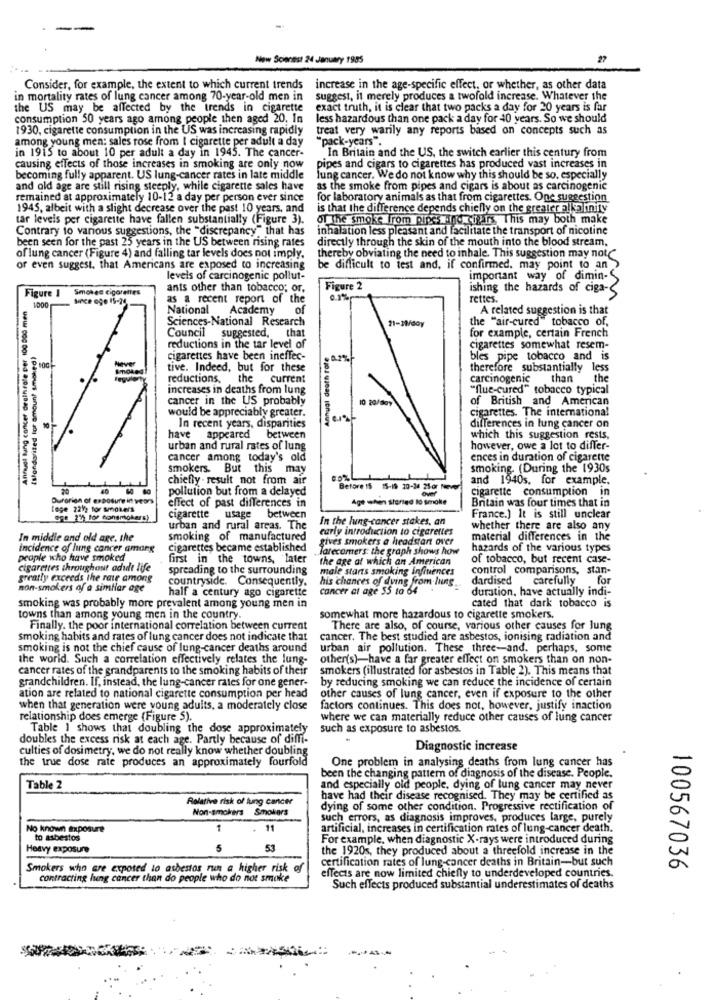
New Scientst 24 January 1985
27
Consider, for example, the extent to which current trends increase in the age-specific effect, or whether, as other data
in mortality rates of lung cancer among 70-year-old men in
suggest, it merely produces a twofold increase. Whatever the
the US may be affected by the trends in cigarette
exact truth, it is clear that two packs a day for 20 years is far
consumption 50 years ago among people then aged 20. In
less hazardous than one pack a day for 40 years. So we should
1930, cigarette consumption in the US was increasing rapidly
treat very warily any reports based on concepts such as
among young men: sales rose from ( cigarette per adult a day
"pack-years".
In Britain and the US, the switch earlier this century from
in 1915 to about 10 per adult a day in 1945. The cancer-
causing effects of those increases in smoking are only now
pipes and cigars to cigarettes has produced vast increases in
becoming fully apparent. US lung-cancer rates in late middle
lung cancer. We do not know why this should be so. especially
and old age are still rising steeply, while cigarette sales have
as the smoke from pipes and cigars is about as carcinogenic
remained at approximately 10-12 a day per person ever since
for laboratory animals as that from cigarettes. One suggestion
1945, albeit with a slight decrease over the past 10 years, and
is that the difference depends chiefly on the greateralko mily
tar levels per cigarette have fallen substantially (Figure 3).
Of The smoke from pipesand cigets This may both make
Contrary to various suggestions, the "discrepancy" that has
inhalation less pleasant and facilitate the transport of nicotine
been seen for the past 25 years in the US between rising rates
directly through the skin of the mouth into the blood stream.
of lung cancer (Figure 4) and falling tar levels does not imply.
thereby obviating the need to inhale. This suggestion may not
or even suggest, that Americans are exposed to increasing
be difficult to test and, if confirmed. may point to an
levels of carcinogenic pollut-
important way of dimin-
Smoked cigarettes
ants other than tobacco; or,
Figure 2
ishing the hazards of ciga-
Figure I
1000
as a recent report of the
0.1%
rettes.
Antfuel lung cancer deathrate Per 100 000 men
National Academy
of
A related suggestion is that
Sciences-National Research
21-1/60y
the "air-cured" tobacco of.
Council suggested, that
for example, certain French
Islandorited lor amount smoked)
reductions in the tar level of
cigarettes somewhat resem-
Never
cigarettes have been ineffec-
Annual death rot
0.2%
bles pipe tobacco and is
tive. Indeed, but for these
therefore substantially less
reductions, the current
carcinogenic
than
the
increases in deaths from lung
"flue-cured" tobacco typical
cancer in the US probably
of British and American
would be appreciably greater.
cigarettes. The international
In recent years, disparities
differences in lung cancer on
have appeared between
which this suggestion rests,
urban and rural rates of lung
however, owe a lot to differ-
cancer among today's old
ences in duration of cigarette
smokers. But this may
smoking. (During the 1930s
chiefly - result not from air
and 1940s. for example.
pollution but from a delayed
Before 15 15-19 20-24 21-or Never
cigarette consumption in
Durorion of exposure in veors
Age when started to smoke
lege 229) for smokers
effect of past differences in
Britain was four times that in
ege 21% for fonsmokers)
cigarette usage between
In the hung-cancer stakes, an
France.) It is still unclear
urban and rural areas. The
early introduction to cigarettes
whether there are also any
In middle and old age. the
smoking of manufactured
gives smokers a headstart over
material differences in the
incidence of lung cancer amang
cigarettes became established
Tarecomers: the graph shows how
hazards of the various types
people who have smoked
first in the towns, later
the age at which an American
of tobacco, but recent case-
cigarettes throughout adult life
spreading to the surrounding
male starts smoking influences
control comparisons, stan-
greatly exceeds the rate among
countryside. Consequently.
his chances of dying from lung.
dardised carefully for
non-smokers of a similar age
half a century ago cigarette
cancer at age 55 to 64
duration, have actually indi-
smoking was probably more prevalent among young men in
cated that dark tobacco is
towns than among young men in the country.
somewhat more hazardous to cigarette smokers.
Finally. the poor international correlation between current
There are also, of course, various other causes for lung
smoking habits and rates of lung cancer does not indicate that
cancer. The best studied are asbestos, ionising radiation and
smoking is not the chief cause of lung-cancer deaths around
urban air pollution. These three-and. perhaps, some
the world. Such a correlation effectively relates the lung-
other's)-have a far greater effect on smokers than on non-
cancer rates of the grandparents to the smoking habits of their
smokers (illustrated for asbestos in Table 2). This means that
grandchildren. If, instead, the lung-cancer rates for one gener-
by reducing smoking we can reduce the incidence of certain
ation are related to national cigarette consumption per head
other causes of lung cancer, even if exposure to the other
when that generation were young adults, a moderately close
factors continues. This does not, however, justify inaction
relationship does emerge (Figure S).
where we can materially reduce other causes of lung cancer
Table ) shows that doubling the dose approximately
such as exposure to asbestos.
doubles the excess risk at each age. Partly because of diffi-
culties of dosimetry, we do not really know whether doubling
Diagnostic increase
the true dose rate produces an approximately fourfold
One problem in analysing deaths from lung cancer has
been the changing pattern of diagnosis of the disease. People.
Table 2
and especially old people, dying of lung cancer may never
Relative risk of lung cancer
have had their disease recognised. They may be certified as
Non-smokers Smokers
dying of some other condition. Progressive rectification of
such errors, as diagnosis improves, produces large, purely
No known exposure
1
11
artificial, increases in certification rates of lung-cancer death.
to asbestos
For example, when diagnostic X-rays were introduced during
Heavy exposure
53
the 1920s, they produced about a threefold increase in the
certification rates of lung-cancer deaths in Britain-but such
Smokers who are exposed to asbestos run a higher risk
of
effects are now limited chiefly to underdeveloped countries.
100567036
contracting lung cancer than do people who do not smoke
Such effects produced substantial underestimates of deaths